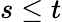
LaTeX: s\le t